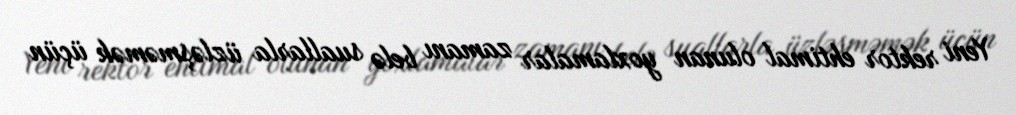
Yeni rektor ehtimal olunan yoxlamalar zamanı belə suallarla üzləşməmək üçün